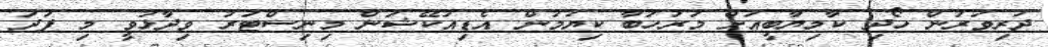
ދަރިވަރުން ހޯދި ކާމިޔާބީއަށް މަރުހަބާ ކިޔަމުން އެޑިއުކޭޝަން މިނިސްޓަރު ވިދާޅުވީ މި ފަދަ